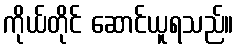
ကိုယ်တိုင် ဆောင်ယူရသည်။